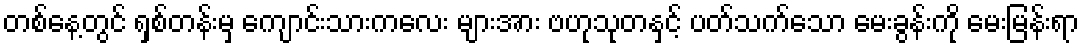
တစ်နေ့တွင် ရှစ်တန်းမှ ကျောင်းသားကလေး များအား ဗဟုသုတနှင့် ပတ်သက်သော မေးခွန်းကို မေးမြန်းရာ